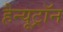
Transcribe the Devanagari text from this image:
हैन्यूट्रॉन